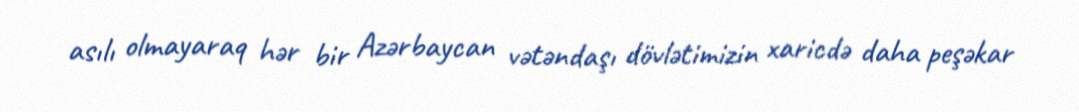
asılı olmayaraq hər bir Azərbaycan vətəndaşı dövlətimizin xaricdə daha peşəkar